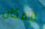
المكان